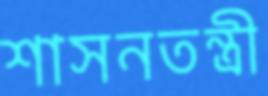
শাসনতন্ত্রী